system: You are a helpful assistant.
user:
Analyze the provided spectrum to determine if it is a **White Dwarf (WD)**.

A White Dwarf spectrum is defined by its **extreme purity** (due to gravitational settling) and/or **extreme pressure broadening** (due to high surface gravity). You must check for one of the following mutually exclusive signatures:

- **Key Visual Indicators (Check for ONE of these types):**

    - **1. DA-Type Signature (Most Common):**
        - **(Primary Feature):** Extreme pressure broadening (Stark broadening) of the **Hydrogen (H) Balmer lines**.
        - **(Key Lines):** $H\beta$ (approx. $4861$ Å) and $H\gamma$ (approx. $4340$ Å). $H\alpha$ (approx. $6563$ Å) will also be present if the wavelength range covers it.
        - **(Line Profile):** This is the **defining feature**. The lines are **NOT** sharp. They appear as massive, **extremely broad and deep "troughs" or "dips"** in the spectrum, often hundreds of Ångströms wide. The continuum will appear to "scoop" down at these wavelengths.
        - **(Distinction):** Normal A-type or B-type stars have *narrow* and *sharp* Hydrogen lines. A DA White Dwarf's lines are unmistakably "smeared" or "blurry" from pressure.

    - **2. DB-Type Signature:**
        - **(Primary Feature):** Broad absorption lines from **Neutral Helium (He I)**. The spectrum must lack any visible Hydrogen lines.
        - **(Key Lines):** Look for broad absorption near $4471$ Å, $4921$ Å, and $5876$ Å.
        - **(Line Profile):** These lines are also significantly pressure-broadened, appearing much wider than they would in a normal B-type main-sequence star.

    - **3. DC-Type Signature:**
        - **(Primary Feature):** A **featureless continuous spectrum**.
        - **(Line Profile):** The spectrum is a smooth curve with **no significant absorption or emission lines**.
        - **(Key Confirmation):** The continuum is almost always **blue or white**, indicating a hot object. This signature implies the atmosphere is so pure (or so cool) that no spectral lines are visible in the optical range. Its WD identity is confirmed by its extremely low intrinsic brightness (high absolute magnitude).

    - **4. DZ-Type Signature (Metal-Polluted):**
        - **(Primary Feature):** **Isolated, narrow metal absorption lines** on an otherwise featureless (DC-like) continuum.
        - **(Key Lines):** The **Calcium (Ca II) H & K doublet** (approx. **$3934$ Å** and **$3968$ Å**) is the most common and defining feature.
        - **(Line Profile):** These lines are "out of place." They are *not* part of a "forest" of thousands of lines. This signature is evidence of recent *accretion* (pollution) from rocky debris.
        - **(Distinction):** Normal G/K/M stars have a *dense forest* of thousands of metal lines. A DZ has a *clean* continuum with *only a few* strong metal lines.

    - **5. DQ-Type Signature (Carbon-Polluted):**
        - **(Primary Feature):** Absorption bands from **Carbon (C₂ "Swan Bands" or atomic C I)**.
        - **(Key Lines - C₂):** Look for bandheads with a "saw-tooth" shape near $5635$ Å, **$5165$ Å** (strongest), and $4737$ Å.
        - **(Key Confirmation):** The underlying **continuum must be blue or white** (hot).
        - **(Distinction):** This is the critical difference from a **Carbon Star**, which has the *exact same* C₂ bands but on an extremely **red, cool** continuum.

- **(Overall Spectrum):**
    - The continuum (overall shape) is typically **blue-sloping** (brighter in the blue than the red), as most white dwarfs are very hot.
    - The spectrum will look "pure" or "simple," dominated by only *one* of the five signatures listed above.

Think first, call **spectral_visualization_tool** if needed to examine features in detail, then provide your final answer. Your response must adhere to the following strict rules:
1.  **Overall Structure:** Your response must follow the format `<think>...</think> <tool_call>...</tool_call> (if a tool is used) <answer>...</answer>`.
2.  **Tool Usage Constraint:** You may only make **one** tool call per turn.
3.  **Final Answer Format:** In the `<answer>` tag, your conclusion must be inside a `\boxed{}` command (e.g., `\boxed{YES}` or `\boxed{NO}`), followed by your justification.

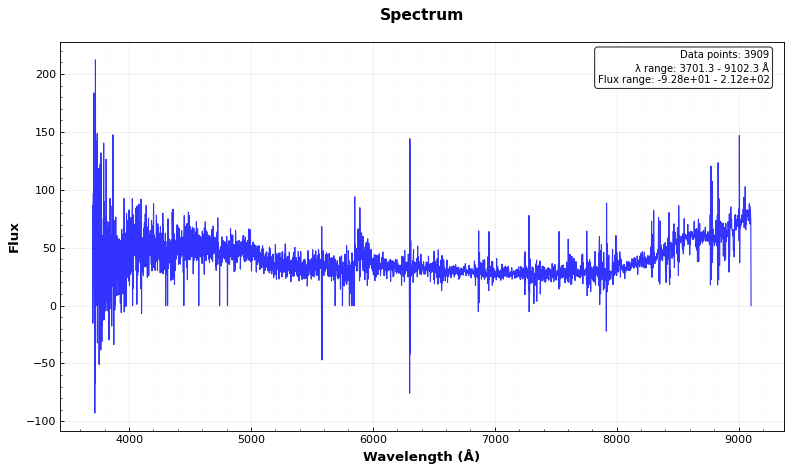
Answer: NO